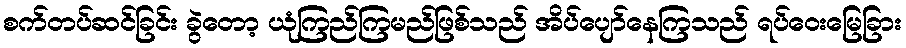
စက်တပ်ဆင်ခြင်း ခွဲတော့ ယုံကြည်ကြမည်ဖြစ်သည် အိပ်ပျော်နေကြသည် ရပ်ဝေးမြေခြား